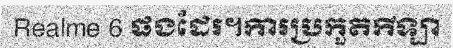
Realme 6 ផងដែរ។ការប្រកួតកីឡា